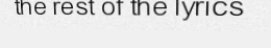
the rest of the lyrics